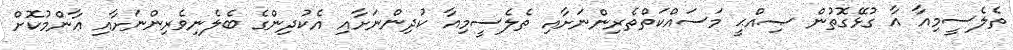
ތެލެސީމިއާ އާ ގުޅޭގޮތުން ޞިއްޙީ މަސައްކަތްތެރިންނަށާއި ތެލެސީމިއާ ކުދިންނަށާއި އެކުދިންގެ ބެލެނިވެރިންނަށާއި ޢާންމުކޮށް